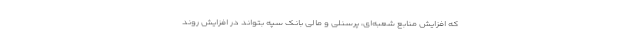
که افزایش منابع شعبه‌ای، پرسنلی و مالی بانک سپه بتواند در افزایش روند